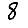
Digit: 8